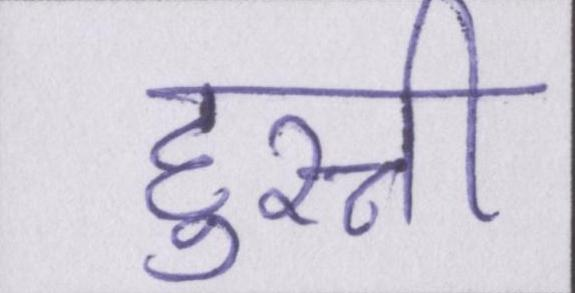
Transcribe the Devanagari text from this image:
हुस्नी